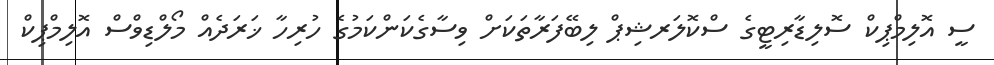
ސީ އޮލިމްޕިކް ސޮލިޑާރިޓީގެ ސްކޮލަރޝިޕް ލިބޭފަރާތަކަށް ވިސާގެކަންކަމުގެ ހުރިހާ ޚަރަދެއް މޯލްޑިވްސް އޮލިމްޕިކް